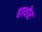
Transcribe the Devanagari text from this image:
हाथोर